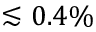
\lesssim 0 . 4 \%